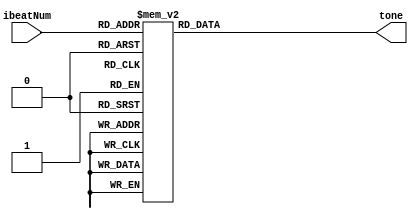
`define NC3 32'd130 //C3_freq
`define ND3 32'd146 //D3_freq
`define NE3 32'd164 //E3_freq
`define NF3 32'd174 //F3_freq
`define NG3 32'd195 //G3_freq
`define NA3 32'd220 //A3_freq
`define NB3 32'd246 //B3_freq

`define NC4 32'd261 //C4_freq
`define ND4 32'd293 //D4_freq
`define NE4 32'd329 //E4_freq
`define NF4 32'd349 //F4_freq
`define NG4 32'd391 //G4_freq
`define NA4 32'd440 //A4_freq
`define NB4 32'd493 //B4_freq

`define NC5 32'd523 //C5_freq
`define ND5 32'd587 //D5_freq
`define NE5 32'd659 //E5_freq
`define NF5 32'd698 //F5_freq
`define NG5 32'd783 //G5_freq
`define NA5 32'd880 //A5_freq
`define NB5 32'd987 //C5_freq

`define NC6 32'd1046 //C6_freq
`define ND6 32'd1174 //D6_freq
`define NE6 32'd1319 //E6_freq
`define NF6 32'd1396 //F6_freq
`define NG6 32'd1567 //G6_freq
`define NA6 32'd1769 //A6_freq
`define NB6 32'd1975 //C6_freq

`define NSIL 32'd20000 //slience (over freq.)

//Specials: Entertainer
`define NbA3 32'd207 //bA3_freq
`define NsD4 32'd311 //sD4_freq
`define NsD6 32'd1244 //sD6_freq
`define NsF5 32'd739 //sF5_freq

//Specials: AuMatin or MorningMood
`define NsG4 32'd415 //sG4_freq
`define NsF4 32'd369 //sF4_freq
`define NsG5 32'd830 //sG5_freq
//`define NsF5 32'd739 //sF5_freq (Repeat)


module Music_Ent (
	input [7:0] ibeatNum,	
	output reg [31:0] tone
);

always @(*) begin
	case (ibeatNum)		// 1/4 beat
		8'd0 : tone = `NSIL;	//Start
		
		8'd1 : tone = `ND6;//1
		8'd2 : tone = `NE6;
		8'd3 : tone = `NC6;
		8'd4 : tone = `NA5;	
		8'd5 : tone = `NA5;
		8'd6 : tone = `NB5;
		8'd7 : tone = `NG5;
		8'd8 : tone = `NG5;	
		
		8'd9 : tone = `ND5;//2
		8'd10 : tone = `NE5;
		8'd11 : tone = `NC5;
		8'd12 : tone = `NA4; 
		8'd13 : tone = `NA4;
		8'd14 : tone = `NB4;
		8'd15 : tone = `NG4;
		8'd16 : tone = `NG4;
		
		8'd17 : tone = `ND4;//3
		8'd18 : tone = `NE4;
		8'd19 : tone = `NC4;
		8'd20 : tone = `NA3; 
		8'd21 : tone = `NA3;
		8'd22 : tone = `NB3;
		8'd23 : tone = `NA3;
		8'd24 : tone = `NbA3;
		
		8'd25 : tone = `NG3;//4
		8'd26 : tone = `NG3;
		8'd27 : tone = `NSIL;
		8'd28 : tone = `NSIL; 
		8'd29 : tone = `NG5;
		8'd30 : tone = `NG5;
		8'd31 : tone = `ND4;
		8'd32 : tone = `NsD4;
		
		8'd33 : tone = `NE4;//5
		8'd34 : tone = `NC5;
		8'd35 : tone = `NC5;
		8'd36 : tone = `NE4; 
		8'd37 : tone = `NC5;
		8'd38 : tone = `NC5;
		8'd39 : tone = `NE4;
		8'd40 : tone = `NC5;
		
		8'd41 : tone = `NC5;//6
		8'd42 : tone = `NC5;
		8'd43 : tone = `NC5;
		8'd44 : tone = `NC5;
		8'd45 : tone = `NC5; 
		8'd46 : tone = `NC5;
		8'd47 : tone = `NC6;
		8'd48 : tone = `ND6;
		
		8'd49 : tone = `NsD6;//7
		8'd50 : tone = `NE6;
		8'd51 : tone = `NC6;
		8'd52 : tone = `ND6;
		8'd53 : tone = `NE6; 
		8'd54 : tone = `NE6;
		8'd55 : tone = `NB5;
		8'd56 : tone = `ND6;
		
		8'd57 : tone = `ND6;//8
		8'd58 : tone = `NC6;
		8'd59 : tone = `NC6;
		8'd60 : tone = `NC6;
		8'd61 : tone = `NC6; 
		8'd62 : tone = `NSIL;
		8'd63 : tone = `NSIL;
		8'd64 : tone = `ND4;
		
		8'd65 : tone = `NsD4;//9
		8'd66 : tone = `NE4;
		8'd67 : tone = `NC5;
		8'd68 : tone = `NC5;
		8'd69 : tone = `NE4; 
		8'd70 : tone = `NC5;
		8'd71 : tone = `NC5;
		8'd72 : tone = `NE4;
		
		8'd73 : tone = `NC5;//10
		8'd74 : tone = `NC5;
		8'd75 : tone = `NC5;
		8'd76 : tone = `NC5;
		8'd77 : tone = `NC5;
		8'd78 : tone = `NC5;
		8'd79 : tone = `NC5;
		8'd80 : tone = `NA5;
		
		8'd81 : tone = `NG5;//11
		8'd82 : tone = `NsF5;
		8'd83 : tone = `NA5;
		8'd84 : tone = `NC6;
		8'd85 : tone = `NE6;
		8'd86 : tone = `NE6;
		8'd87 : tone = `ND6;
		8'd88 : tone = `NC6;
		
		8'd89 : tone = `NA5;//12
		8'd90 : tone = `ND6;
		8'd91 : tone = `ND6;
		8'd92 : tone = `ND6;
		8'd93 : tone = `ND6;
		8'd94 : tone = `NSIL;
		8'd95 : tone = `NSIL;
		8'd96 : tone = `ND4;
		
		8'd97 : tone = `NsD4;//13
		8'd98 : tone = `NE4;
		8'd99 : tone = `NC5;
		8'd100 : tone = `NC5;
		8'd101 : tone = `NE4;
		8'd102 : tone = `NC5;
		8'd103 : tone = `NC5;
		8'd104 : tone = `NE4;
		
		8'd105 : tone = `NC5;//14
		8'd106 : tone = `NC5;
		8'd107 : tone = `NC5;
		8'd108 : tone = `NC5;
		8'd109 : tone = `NC5;
		8'd110 : tone = `NC5;
		8'd111 : tone = `NC5;
		8'd112 : tone = `NC6;
		
		8'd113 : tone = `ND6;//15
		8'd114 : tone = `NsD6;
		8'd115 : tone = `NE6;
		8'd116 : tone = `NC6;
		8'd117 : tone = `ND6;
		8'd118 : tone = `NE6;
		8'd119 : tone = `NE6;
		8'd120 : tone = `NB5;
		
		8'd121 : tone = `ND6;//16
		8'd122 : tone = `ND6;
		8'd123 : tone = `NC6;
		8'd124 : tone = `NC6;
		8'd125 : tone = `NC6;
		8'd126 : tone = `NC6;
		8'd127 : tone = `NSIL;
		8'd128 : tone = `NSIL;
		
		8'd129 : tone = `NC6;//17
		8'd130 : tone = `ND6;
		8'd131 : tone = `NE6;
		8'd132 : tone = `NC6;
		8'd133 : tone = `ND6;
		8'd134 : tone = `NE6;
		8'd135 : tone = `NE6;
		8'd136 : tone = `ND6;
		
		8'd137 : tone = `ND6;//18
		8'd138 : tone = `NC6;
		8'd139 : tone = `NE6;
		8'd140 : tone = `NC6;
		8'd141 : tone = `ND6;
		8'd142 : tone = `NE6;
		8'd143 : tone = `NE6;
		8'd144 : tone = `NC6;
		
		8'd145 : tone = `ND6;//19
		8'd146 : tone = `NC6;
		8'd147 : tone = `NE6;
		8'd148 : tone = `NC6;
		8'd149 : tone = `ND6;
		8'd150 : tone = `NE6;
		8'd151 : tone = `NE6;
		8'd152 : tone = `NB5;
		
		8'd153 : tone = `ND6;//20
		8'd154 : tone = `ND6;
		8'd155 : tone = `NC6;
		8'd156 : tone = `NC6;
		8'd157 : tone = `NC6;
		8'd158 : tone = `NC6;
		8'd159 : tone = `NSIL;
		8'd160 : tone = `NSIL;
		//Entertainer Finish
		
		8'd161 : tone = `NSIL;
		default : tone = `NSIL;
	endcase
end

endmodule

module Music_AM_MM (
	input [7:0] ibeatNum,	
	output reg [31:0] tone
);

always @(*) begin
	case (ibeatNum)		// 3/4 beat
		8'd0 : tone = `NSIL;	//Start
		
		8'd1 : tone = `NG5;//1
		8'd2 : tone = `NE5;
		8'd3 : tone = `ND5;
		8'd4 : tone = `NC5;	
		8'd5 : tone = `ND5;
		8'd6 : tone = `NE5;
		
		8'd7 : tone = `NG5;//2
		8'd8 : tone = `NE5;
		8'd9 : tone = `ND5;
		8'd10 : tone = `NC5;
		8'd11 : tone = `ND5; 
		8'd12 : tone = `NE5; 
		
		8'd13 : tone = `NG5;//3
		8'd14 : tone = `NE5;
		8'd15 : tone = `NG5;
		8'd16 : tone = `NA5;
		8'd17 : tone = `NE5;
		8'd18 : tone = `NA5;
		
		8'd19 : tone = `NG5;//4
		8'd20 : tone = `NE5;
		8'd21 : tone = `ND5;
		8'd22 : tone = `NC5;
		8'd23 : tone = `NC5;
		8'd24 : tone = `NC5;
		
		8'd25 : tone = `NG4;//5
		8'd26 : tone = `NE4;
		8'd27 : tone = `ND4;
		8'd28 : tone = `NC4;
		8'd29 : tone = `ND4;
		8'd30 : tone = `NE4;
		
		8'd31 : tone = `NG4;//6
		8'd32 : tone = `NE4;
		8'd33 : tone = `ND4;
		8'd34 : tone = `NC4;
		8'd35 : tone = `ND4;
		8'd36 : tone = `NE4; 
		
		8'd37 : tone = `NG4;//7
		8'd38 : tone = `NE4;
		8'd39 : tone = `NG4;
		8'd40 : tone = `NA4;
		8'd41 : tone = `NE4;
		8'd42 : tone = `NA4;
		
		8'd43 : tone = `NB4;//8
		8'd44 : tone = `NsG4;
		8'd45 : tone = `NsF4;
		8'd46 : tone = `NE4;
		8'd47 : tone = `NE4;
		8'd48 : tone = `NE4;
		
		8'd49 : tone = `NB5;//9
		8'd50 : tone = `NsG5;
		8'd51 : tone = `NsF5;
		8'd52 : tone = `NE5;
		8'd53 : tone = `NsF5; 
		8'd54 : tone = `NsG5;
		
		8'd55 : tone = `NB5;//10
		8'd56 : tone = `NsG5;
		8'd57 : tone = `NsF5;
		8'd58 : tone = `NE5;
		8'd59 : tone = `NsF5;
		8'd60 : tone = `NsG5;
		
		8'd61 : tone = `NB5;//11		 
		8'd62 : tone = `NsG5;
		8'd63 : tone = `NB5;
		8'd64 : tone = `NC6;
		8'd65 : tone = `NsG5;
		8'd66 : tone = `NC6;
		
		8'd67 : tone = `NB5;//12
		8'd68 : tone = `NsG5;
		8'd69 : tone = `NsF5; 
		8'd70 : tone = `NE5;
		8'd71 : tone = `NE5;
		8'd72 : tone = `NE5;
		
		8'd73 : tone = `NB4;//13
		8'd74 : tone = `NsG4;
		8'd75 : tone = `NsF4;
		8'd76 : tone = `NE4;
		8'd77 : tone = `NsF4; 
		8'd78 : tone = `NsG4;
		
		8'd79 : tone = `NB4;//14
		8'd80 : tone = `NsG4;
		8'd81 : tone = `NsF4;
		8'd82 : tone = `NE4;
		8'd83 : tone = `NsF4;
		8'd84 : tone = `NsG4;
		
		8'd85 : tone = `NB4;//15
		8'd86 : tone = `NsG4;
		8'd87 : tone = `NB4;
		8'd88 : tone = `NC5;
		8'd89 : tone = `NA4;
		8'd90 : tone = `NC5;
		
		8'd91 : tone = `ND5;//16
		8'd92 : tone = `NB4;
		8'd93 : tone = `NA4; 
		8'd94 : tone = `NG4;
		8'd95 : tone = `NG4;
		8'd96 : tone = `NG4;
		
		8'd97 : tone = `ND6;//17
		8'd98 : tone = `NB5; 
		8'd99 : tone = `NA5;
		8'd100 : tone = `NG5;
		8'd101 : tone = `NA5; 
		8'd102 : tone = `NB5;
		
		8'd103 : tone = `ND5;//18
		8'd104 : tone = `NB4;
		8'd105 : tone = `NA4;
		8'd106 : tone = `NG4;
		8'd107 : tone = `NA4;
		8'd108 : tone = `NB4;
		
		8'd109 : tone = `ND6;//19
		8'd110 : tone = `NB5; 
		8'd111 : tone = `NG5;
		8'd112 : tone = `ND5;
		8'd113 : tone = `NB4;
		8'd114 : tone = `NG4;
		
		8'd115 : tone = `ND6;//20
		8'd116 : tone = `NB5;
		8'd117 : tone = `NG5;
		8'd118 : tone = `ND5; 
		8'd119 : tone = `NB4;
		8'd120 : tone = `NG4;
		//AuMatin or MorningMood Finish
		
		8'd121 : tone = `NSIL;
		default : tone = `NSIL;
	endcase
end

endmodule